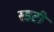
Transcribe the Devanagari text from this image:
स्डटी